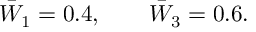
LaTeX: \bar { W } _ { 1 } = 0 . 4 , \qquad \bar { W } _ { 3 } = 0 . 6 .